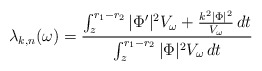
\begin{align*}\lambda_{k,n}(\omega) = \frac{ \int_z^{r_1-r_2} |\Phi'|^2 V_\omega + \frac{k^2 |\Phi|^2}{V_\omega} \,dt}{ \int_z^{r_1-r_2} |\Phi|^2 V_\omega \,dt}\end{align*}